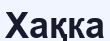
Хақка